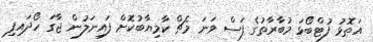
އަތޮޅު ފުޓްބޯޅަ މުބާރާތުގެ ފަސް ވަނަ މެޗް ކާމިޔާބުކޮށް ފައިނަލުން ޖާގަ ހޯދައިފި